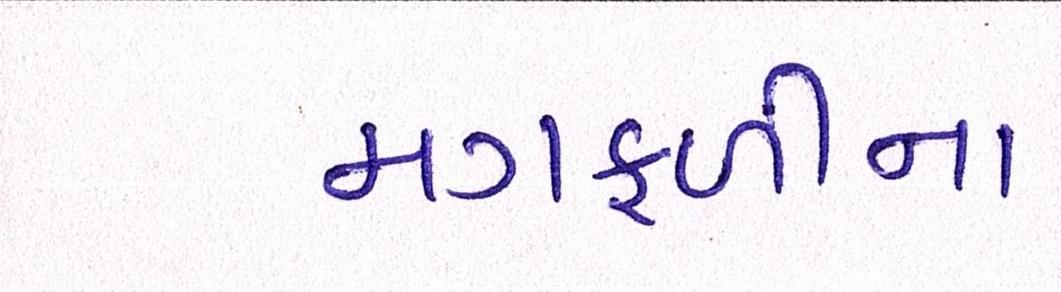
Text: મગફળીના